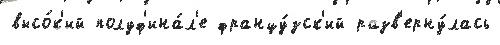
высо́к'ий полуф'ина́л'е францу́зск'ий разв'ерну́лась